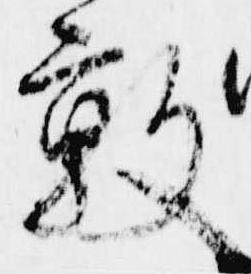
敦